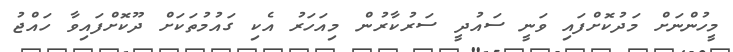
މީހުންނަށް މަދުކޮށްފައި ވަނީ ސައުދީ ސަރުކާރުން މިއަހަރު އެކި ގައުމުތަކަށް ދޫކޮށްފައިވާ ހައްޖު